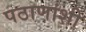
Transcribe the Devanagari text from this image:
पठाणांशी